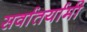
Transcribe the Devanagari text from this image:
सर्वातर्यामी